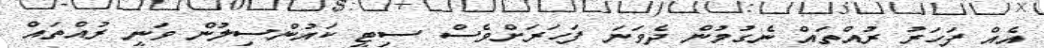
އެއް ފަހަރު ރުއްތައް ނެގުމުން ދެވަނަ ފަހަރަށްވެސް ސިޓީ ކައުންސިލުން ވަނީ ރުއްތައް